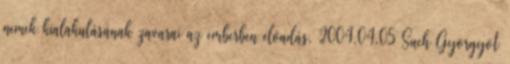
nemek kialakulásának zavarai az emberben előadás, 2004.04.05 Such Györgyöt